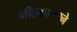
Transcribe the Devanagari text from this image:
मीठभाकरने